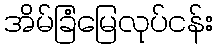
အိမ်ခြံမြေလုပ်ငန်း